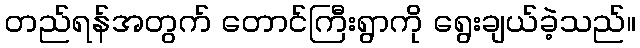
တည်ရန်အတွက် တောင်ကြီးရွာကို ရွေးချယ်ခဲ့သည်။